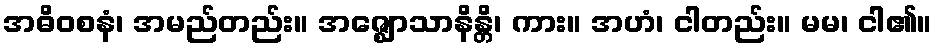
အဓိဝစနံ၊ အမည်တည်း။ အဇ္ဈောသာနိန္တိ၊ ကား။ အဟံ၊ ငါတည်း။ မမ၊ ငါ၏။